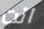
انت